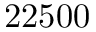
2 2 5 0 0